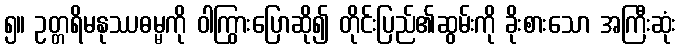
၅။ ဥတ္တရိမနုဿဓမ္မကို ဝါကြွားပြောဆို၍ တိုင်းပြည်၏ဆွမ်းကို ခိုးစားသော အကြီးဆုံး